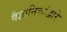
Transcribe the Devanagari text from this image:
वैज्ञानिकांद्वारे